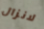
لانزال